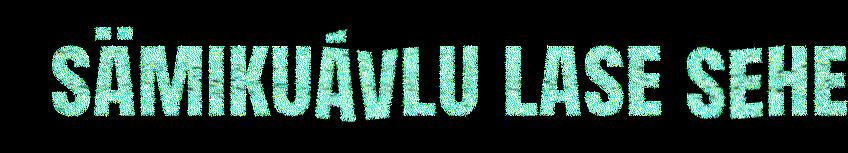
sämikuávlu lase sehe